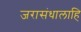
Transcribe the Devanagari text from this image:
जरासंधालाहि